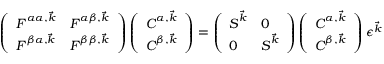
\begin{array} { r } { \left( \begin{array} { l l } { \boldsymbol { F } ^ { \alpha \alpha , \vec { k } } } & { \boldsymbol { F } ^ { \alpha \beta , \vec { k } } } \\ { \boldsymbol { F } ^ { \beta \alpha , \vec { k } } } & { \boldsymbol { F } ^ { \beta \beta , \vec { k } } } \end{array} \right) \left( \begin{array} { l } { \boldsymbol { C } ^ { \alpha , \vec { k } } } \\ { \boldsymbol { C } ^ { \beta , \vec { k } } } \end{array} \right) = \left( \begin{array} { l l } { \boldsymbol { S } ^ { \vec { k } } } & { \boldsymbol { 0 } } \\ { \boldsymbol { 0 } } & { \boldsymbol { S } ^ { \vec { k } } } \end{array} \right) \left( \begin{array} { l } { \boldsymbol { C } ^ { \alpha , \vec { k } } } \\ { \boldsymbol { C } ^ { \beta , \vec { k } } } \end{array} \right) \boldsymbol { \epsilon } ^ { \vec { k } } \quad } \end{array}